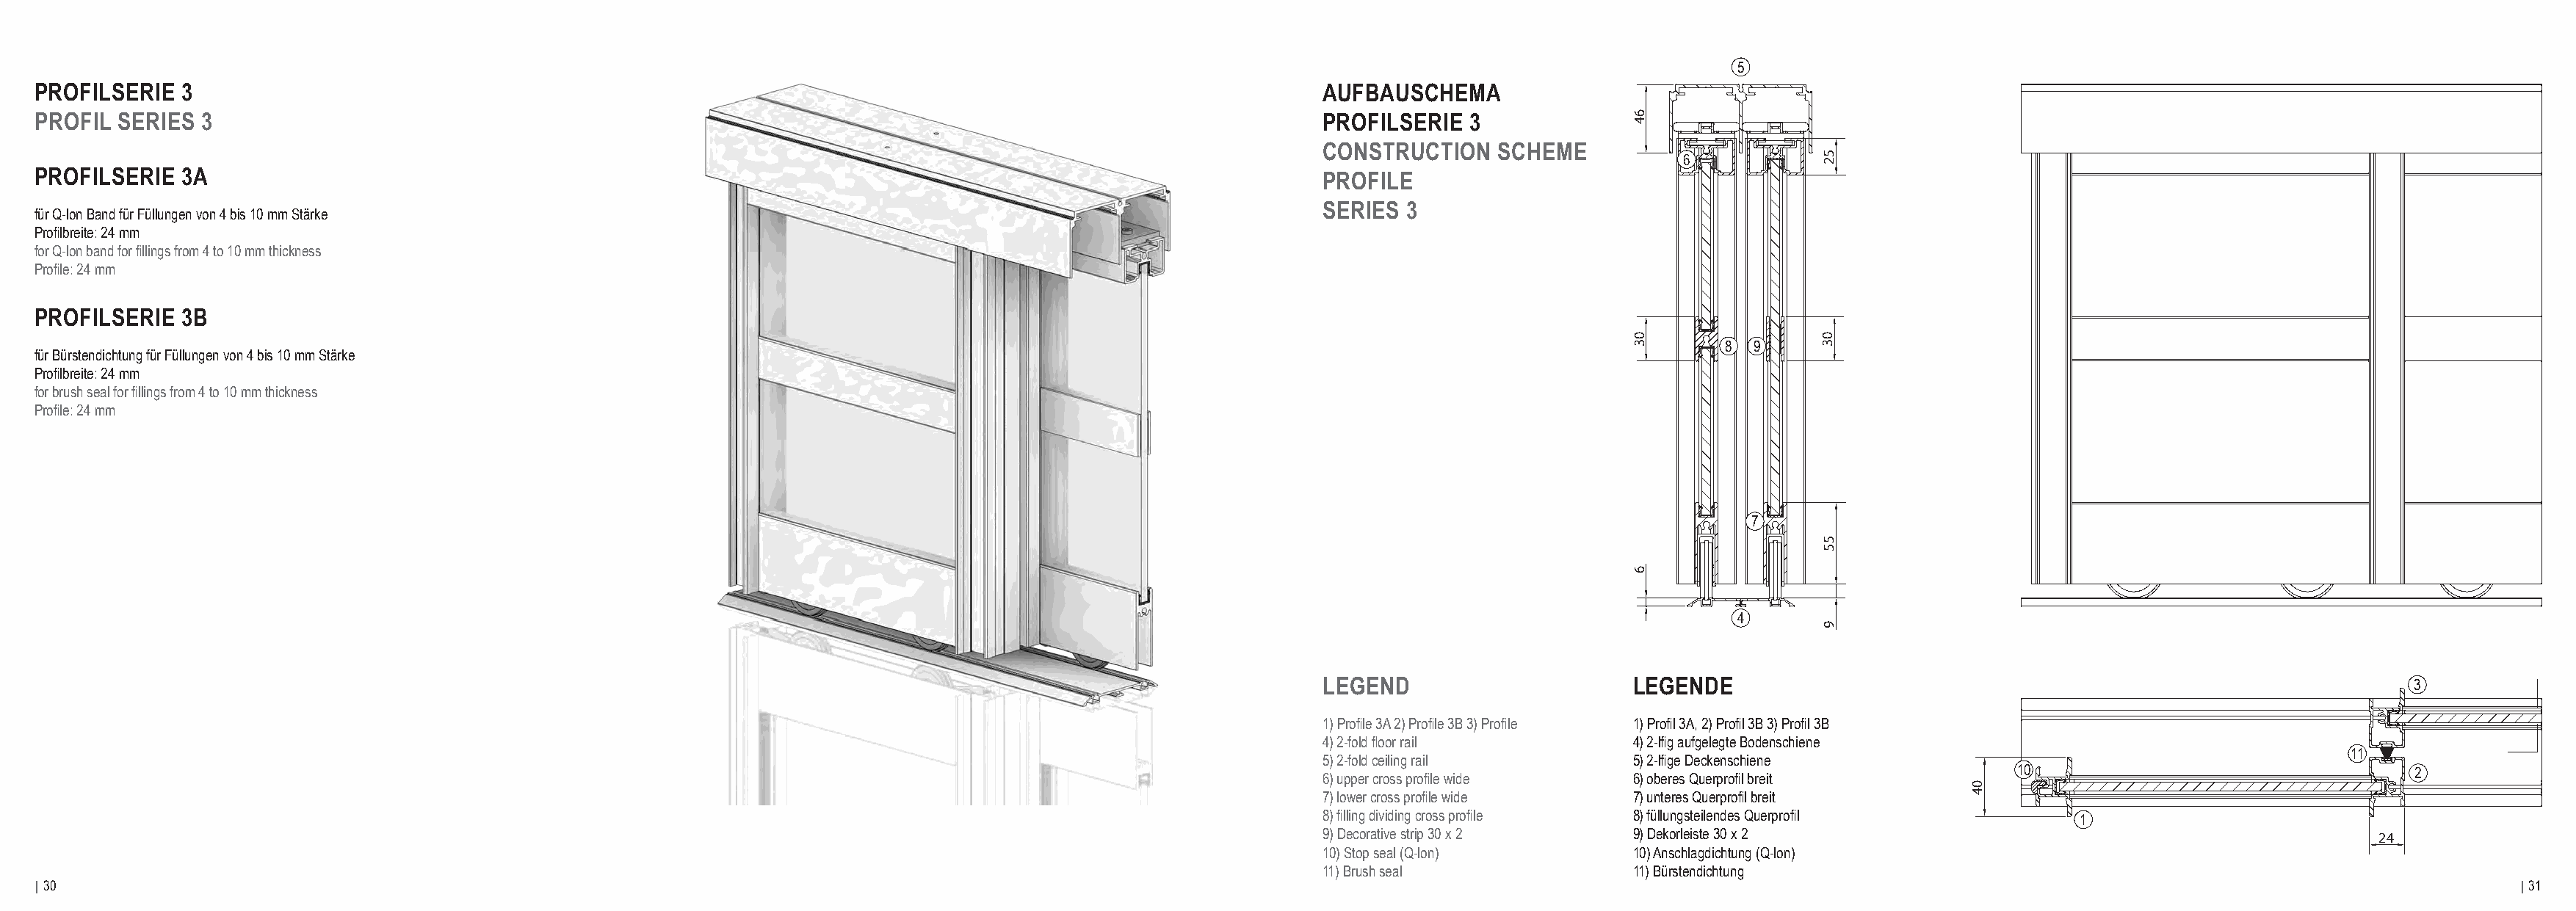
5
 PROFILSERIE  3                                                                                                      AUFBAUSCHEMA
 PROFIL  SERIES 3                                                                                                    PROFILSERIE  3
 CONSTRUCTION    SCHEME
 6
 PROFILSERIE  3A                                                                                                     PROFILE
 SERIES  3
 für Q-lon Band für Füllungen von 4 bis 10 mm Stärke
 Profilbreite: 24 mm
 for Q-lon band for fillings from 4 to 10 mm thickness
 Profile: 24 mm
 PROFILSERIE  3B
 8 9
 für Bürstendichtung für Füllungen von 4 bis 10 mm Stärke
 Profilbreite: 24 mm
 for brush seal for fillings from 4 to 10 mm thickness
 Profile: 24 mm
 7
 4
 LEGEND                      LEGENDE                                                                3
 1) Profile 3A 2) Profile 3B 3) Profile 1) Profil 3A, 2) Profil 3B 3) Profil 3B
 4) 2-fold floor rail        4) 2-lfig aufgelegte Bodenschiene
 11
 5) 2-fold ceiling rail      5) 2-lfige Deckenschiene
 10                                  2
 6) upper cross profile wide 6) oberes Querprofil breit
 7) lower cross profile wide 7) unteres Querprofil breit
 8) filling dividing cross profile 8) füllungsteilendes Querprofil    1
 9) D2e4corative strip 30 x 2 9) Dekorleiste 30 x 2                                             24
 10) Stop seal (Q-lon)       10) Anschlagdichtung (Q-lon)
 11) Brush seal              11) Bürstendichtung
 | 30                                                                                                                                                                                                                            | 31
 04
 64
 03
 6
 52
 03
 55
 9
 04
 64
 03
 6
 52
 03
 55
 9